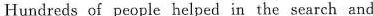
Hundreds of people helped in the search and